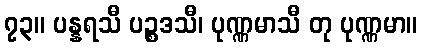
၇၃။ ပန္နရသီ ပဉ္စဒသီ၊ ပုဏ္ဏမာသီ တု ပုဏ္ဏမာ။